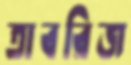
তাবরিজ